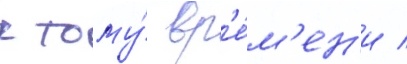
к тому́ вр'е́м'ен'и /